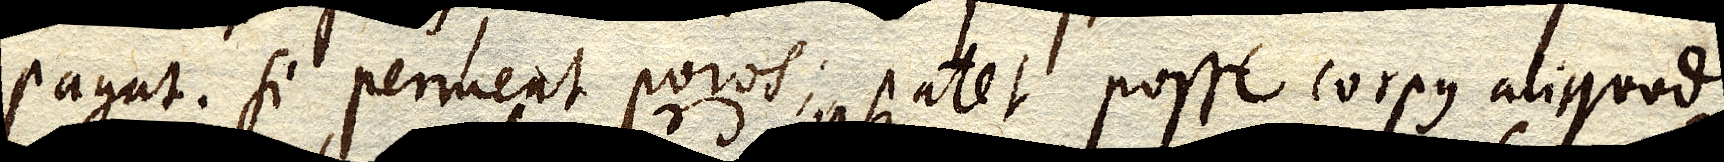
pagat. Si permeat poros; patet posse corpus aliquod